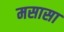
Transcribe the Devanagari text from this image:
मसासा